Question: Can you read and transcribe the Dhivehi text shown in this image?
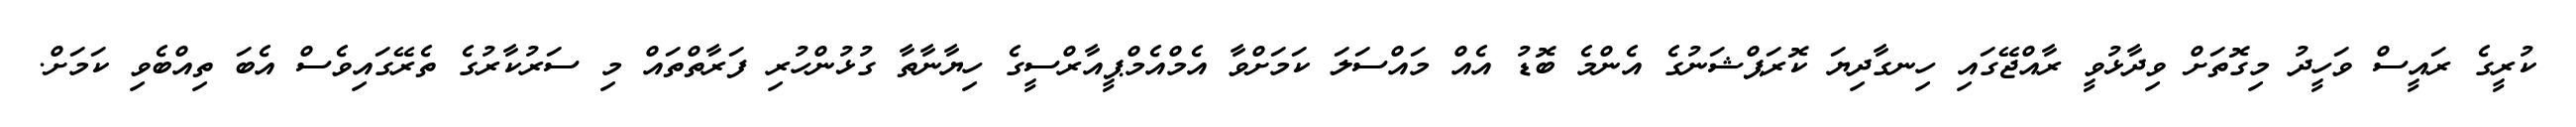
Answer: ކުރީގެ ރައީސް ވަހީދު މިގޮތަށް ވިދާޅުވީ ރާއްޖޭގައި ހިނގާދިޔަ ކޮރަޕްޝަނުގެ އެންމެ ބޮޑު އެއް މައްސަލަ ކަމަށްވާ އެމްއެމްޕީއާރްސީގެ ހިޔާނާތާ ގުޅުންހުރި ފަރާތްތައް މި ސަރުކާރުގެ ތެރޭގައިވެސް އެބަ ތިއްބެވި ކަމަށް.